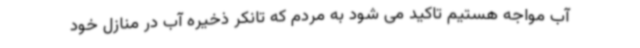
آب مواجه هستیم تاکید می شود به مردم که تانکر ذخیره آب در منازل خود